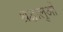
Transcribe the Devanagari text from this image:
श्रद्घालुओं